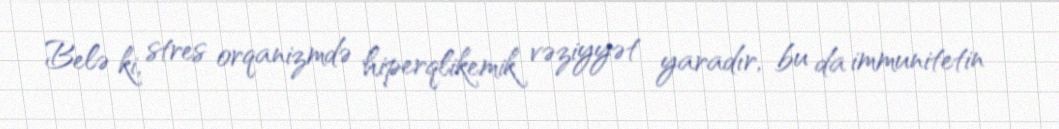
Belə ki, stres orqanizmdə hiperqlikemik vəziyyət yaradır, bu da immunitetin